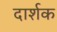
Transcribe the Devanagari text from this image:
दार्शक